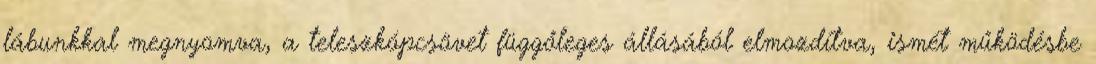
lábunkkal megnyomva, a teleszkópcsövet függőleges állásából elmozdítva, ismét működésbe